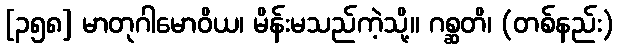
[၃၅၈] မာတုဂါမောဝိယ၊ မိန်းမသည်ကဲ့သို့။ ဂစ္ဆတိ၊ (တစ်နည်း)